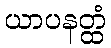
ယာပနတ္ထံ